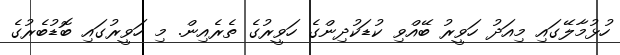
ހުޅުމާލޭގައި މިއަދު ހަވީރު ބޭއްވި ކުޑަކުދިންގެ ހަވީރުގެ ތެރެއިން. މި ހަވީރުގައި ބޮޑުބެރުގެ